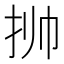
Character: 𱟯